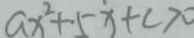
a x ^ { 2 } + 5 x + c > 0